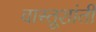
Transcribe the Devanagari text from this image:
वास्तूशांती